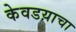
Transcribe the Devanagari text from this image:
केवडय़ाचा